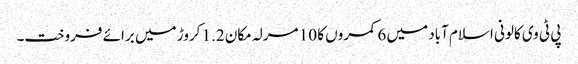
پی ٹی وی کالونی اسلام آباد میں 6 کمروں کا 10 مرلہ مکان 1.2 کروڑ میں برائے فروخت۔